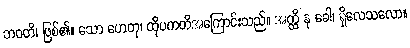
ဘဝတိ၊ ဖြစ်၏။ သော ဟေတု၊ ထိုပကတိအကြောင်းသည်။ အတ္ထိ နု ခေါ၊ ရှိလေသလော။